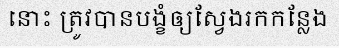
នោះ ត្រូវបានបង្ខំឲ្យស្វែងរកកន្លែង